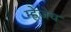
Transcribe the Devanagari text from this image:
म्ह्णेजेच